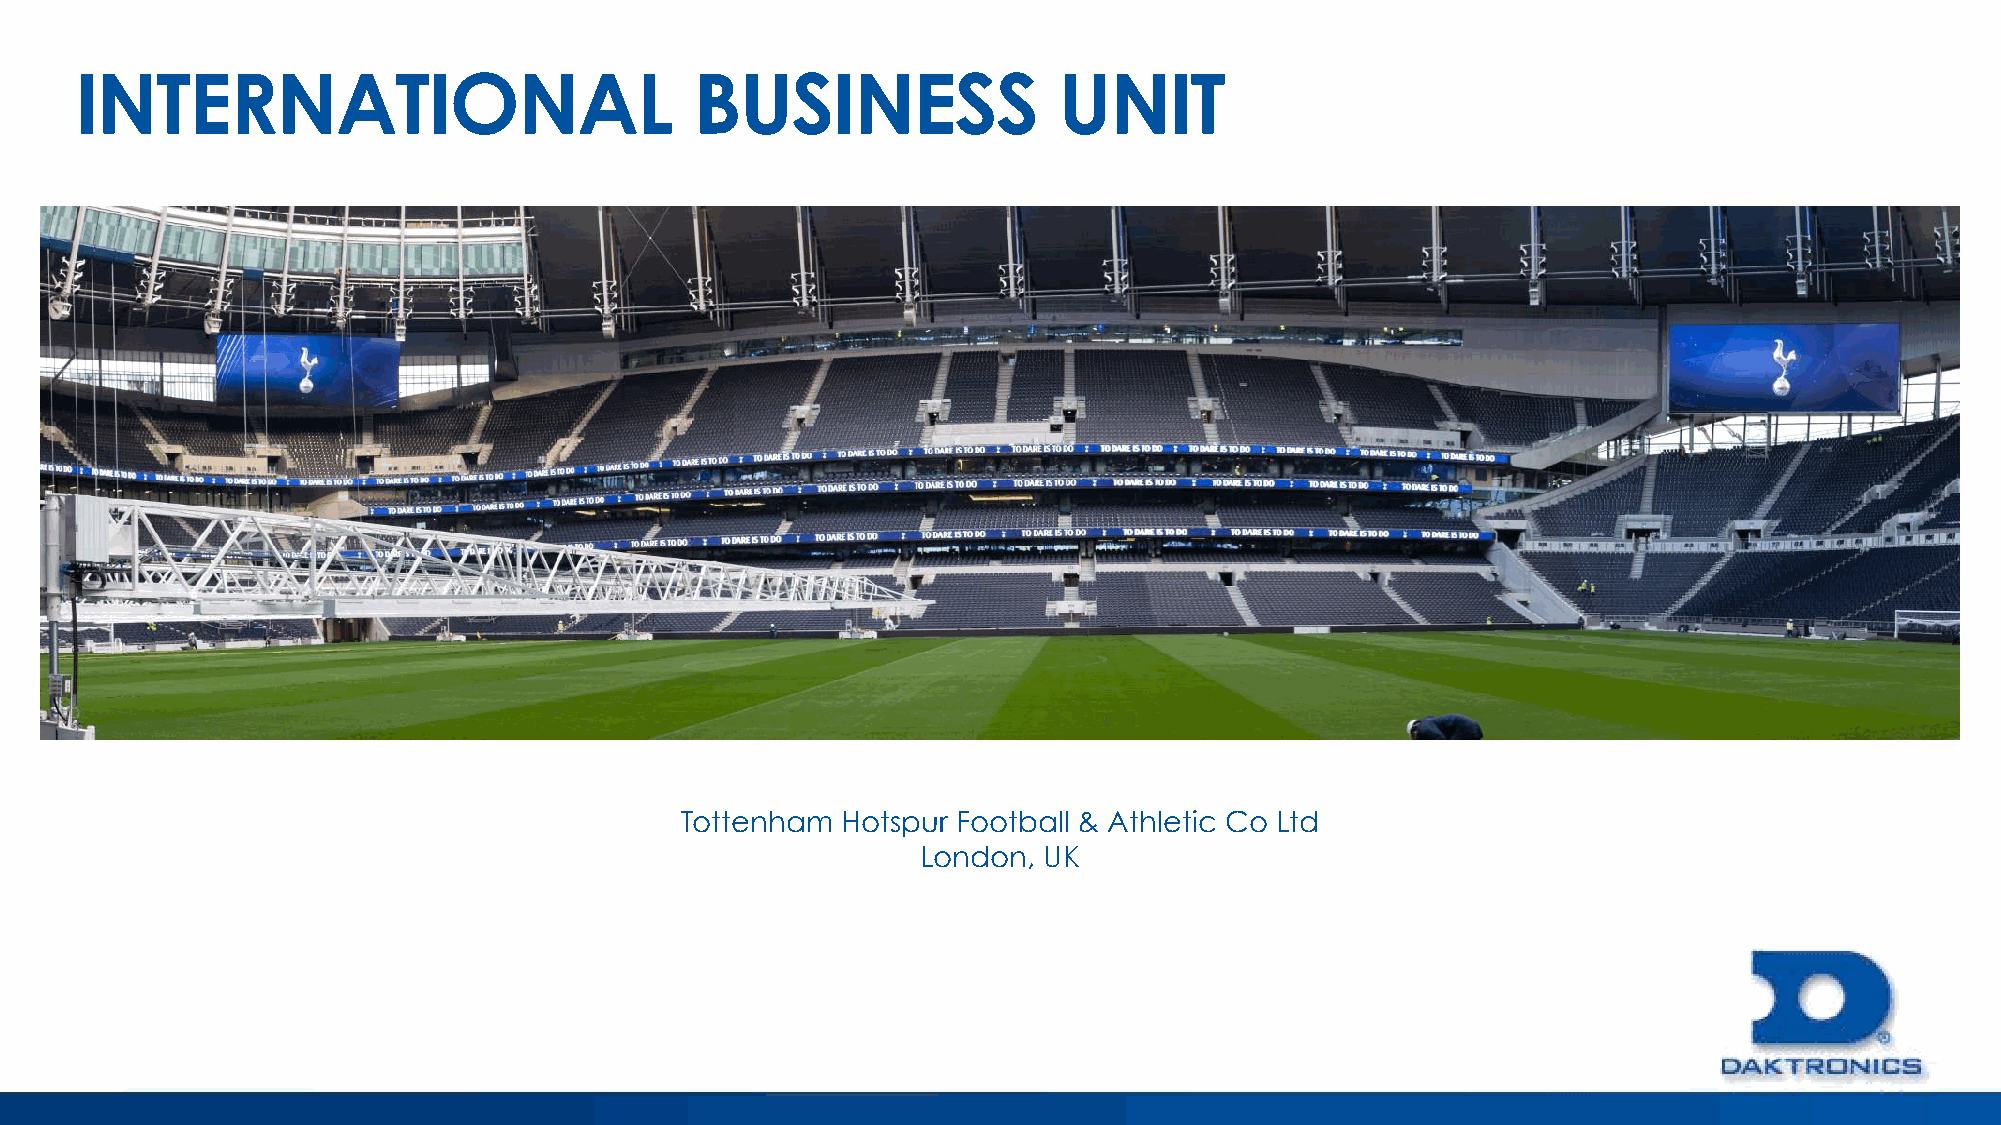
INTERNATIONAL                            BUSINESS                UNIT
 Tottenham  Hotspur Football & Athletic Co Ltd
 London, UK